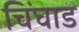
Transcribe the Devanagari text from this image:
चिंघाड